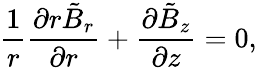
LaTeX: \frac{1}{r}\frac{\partial r\tilde{B}_{r}}{\partial r}+\frac{\partial\tilde{B}_{z}}{\partial z}=0,